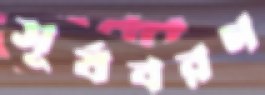
সূর্যবরণ